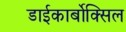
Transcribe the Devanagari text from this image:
डाईकार्बोक्सिल